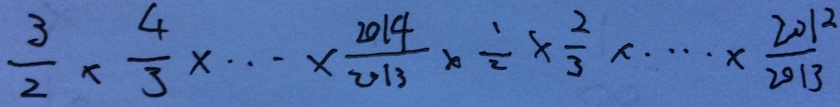
\frac { 3 } { 2 } \times \frac { 4 } { 3 } \times \cdots \times \frac { 2 0 1 4 } { 2 0 1 3 } \times \frac { 1 } { 2 } \times \frac { 2 } { 3 } \times \cdots \times \frac { 2 0 1 2 } { 2 0 1 3 }